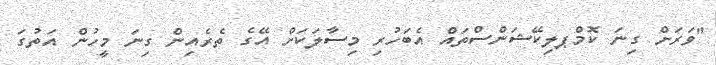
"ވަރަށް ގިނަ ކޮމްޕލިކޭޝަންސްތައް އެބަހުރި މިސާލަކަށް އޭގެ ތެރެއިން ގިނަ މީހުން އަތުގަ